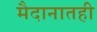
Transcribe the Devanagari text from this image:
मैदानातही